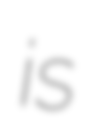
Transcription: is